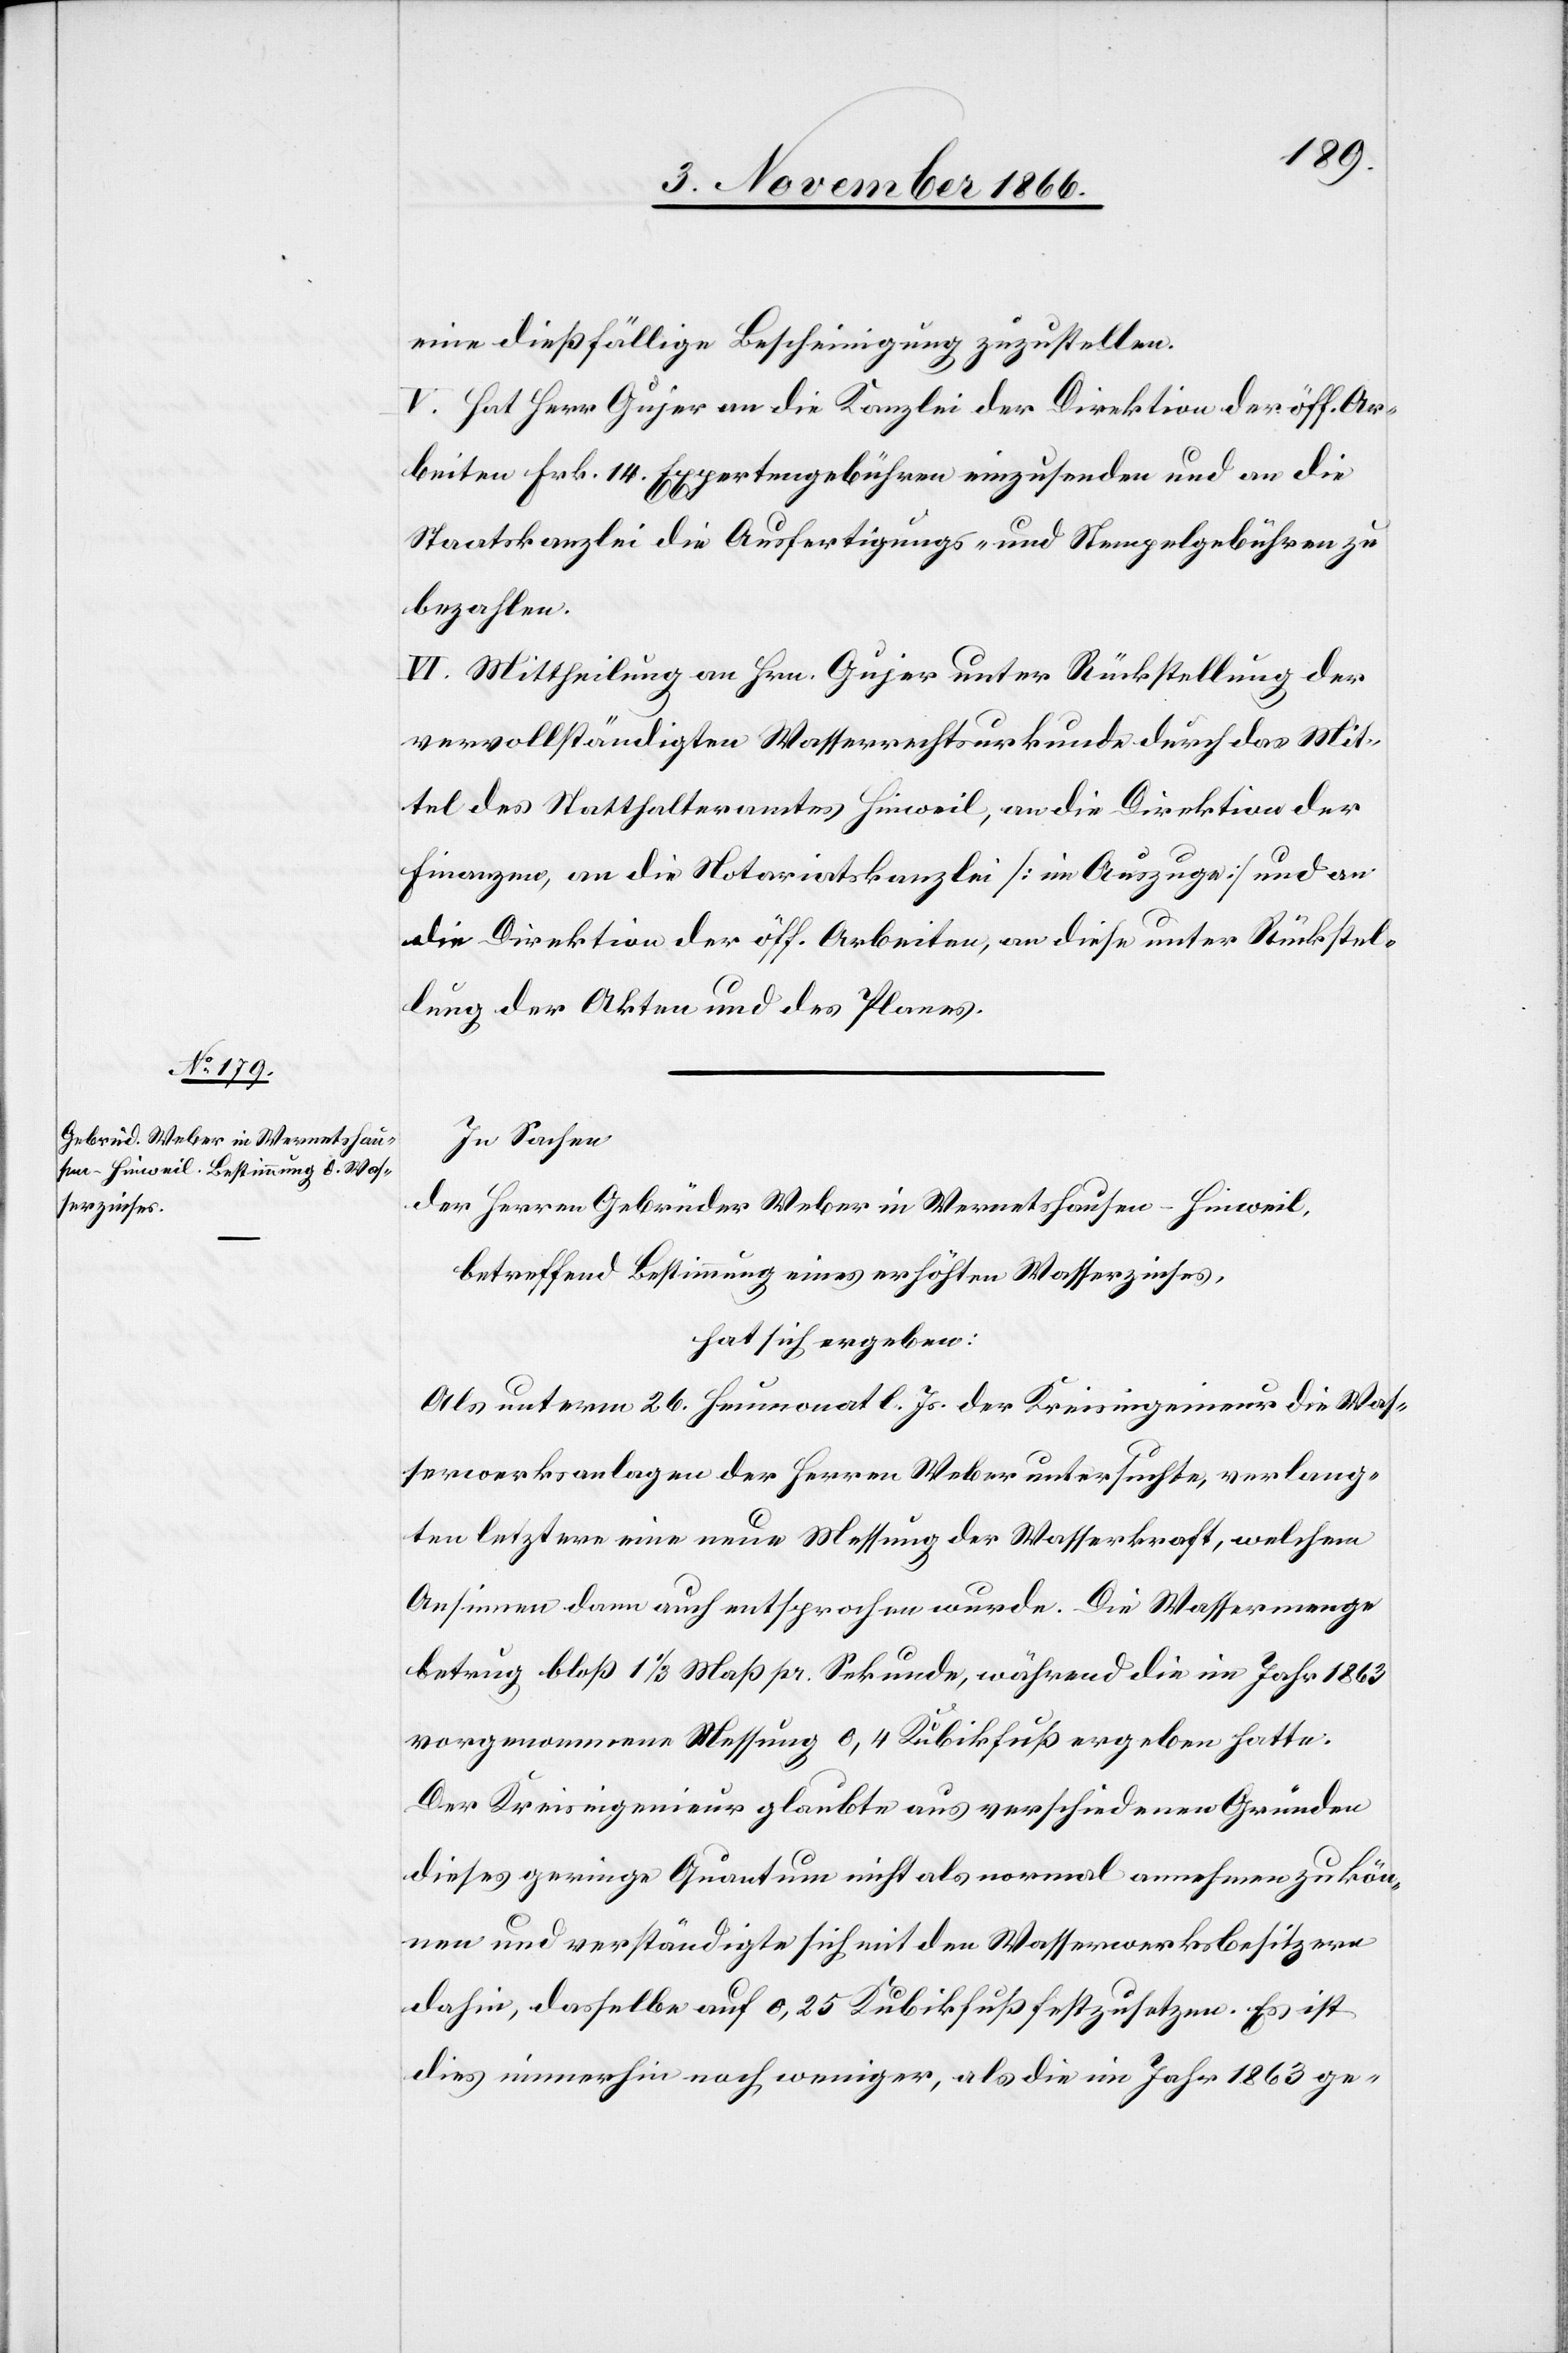
eine dießfällige Bescheinigung zuzustellen.
V. Hat Herr Gujer an die Kanzlei der Direktion der öff. Ar¬
beiten Frk. 14. Expertengebühren einzusenden und an die
Staatskanzlei die Ausfertigungs- und Stempelgebühren zu
bezahlen.
VI. Mittheilung an Hrn. Gujer unter Rückstellung der
vervollständigten Wasserrechtsurkunde durch das Mit¬
tel des Statthalteramtes Hinweil, an die Direktion der
Finanzen, an die Notariatskanzlei [im Auszuge] und an
die Direktion der öff. Arbeiten, an diese unter Rücksen¬
dung der Akten und des Planes.
In Sachen
der Herren Gebrüder Weber in Wernetshausen-Hinweil,
betreffend Bestimmung eines erhöhten Wasserzinses,
hat sich ergeben:
Als unterm 26. Heumonat l. Js. der Kreisingenieur die Was¬
serwerksanlagen der Herren Weber untersuchte, verlang¬
ten letztere eine neue Messung der Wasserkraft, welchem
Ansinnen dann auch entsprochen wurde. Die Wassermenge
betrug bloß 1 ⅓ Maß pr. Sekunde, während die im Jahr 1863
vorgenommene Messung 0,4 Kubikfuß ergeben hatte.
Der Kreisingenieur glaubte aus verschiedenen Gründen
dieses geringe Quantum nicht als normal annehmen zu kön¬
nen und verständigte sich mit den Wasserwerksbesitzern
dahin, dasselbe auf 0,25 Kubikfuß festzusetzen. Es ist
dies immerhin noch weniger, als die im Jahr 1863 ge-